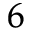
^ 6